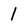
Character: 1